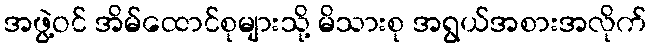
အဖွဲ့ဝင် အိမ်ထောင်စုများသို့ မိသားစု အရွယ်အစားအလိုက်